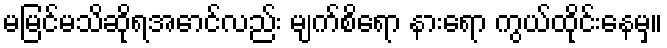
မမြင်မသိဆိုရအောင်လည်း မျက်စိရော နားရော ကွယ်ထိုင်းနေမှ။